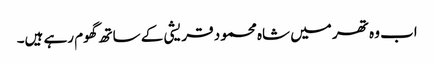
اب وہ تھر میں شاہ محمود قریشی کے ساتھ گھوم رہے ہیں۔